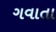
ગવાતા